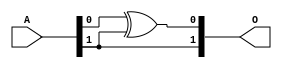
`timescale 1ns / 1ps
//////////////////////////////////////////////////////////////////////////////////
// Company: 
// Engineer: 
// 
// Design Name: 
// Module Name: GF2p2_sc_sq_sq
// Project Name: 
// Target Devices: 
// Tool Versions: 
// Description: 
// 
// Dependencies: 
// 
// Revision:
// Revision 0.01 - File Created
// Additional Comments:
// 
//////////////////////////////////////////////////////////////////////////////////

//checked 1
module GF2p2_sc_sq_sq(O,A);
input [1:0]A;  //input 2 bits
output [1:0]O; //op 2 bits
//old code starts here
//assign O[0]=A[0];
//assign O[1]=A[1] ^ A[0];
//new code begins here
assign O[1]=A[1];
assign O[0]=A[0]^A[1];
//new code ends here
endmodule